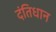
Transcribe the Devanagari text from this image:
दंतिधान